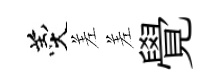
羹差差覺